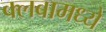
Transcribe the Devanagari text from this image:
क्लबामध्ये